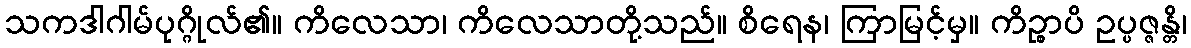
သကဒါဂါမ်ပုဂ္ဂိုလ်၏။ ကိလေသာ၊ ကိလေသာတို့သည်။ စိရေန၊ ကြာမြင့်မှ။ ကိဉ္စာပိ ဥပ္ပဇ္ဇန္တိ၊